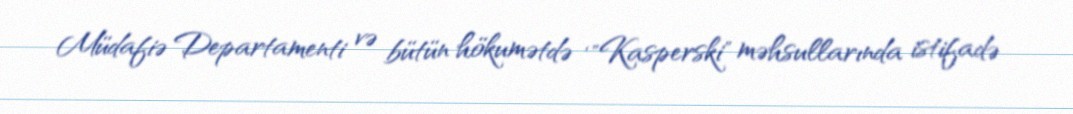
Müdafiə Departamenti və bütün hökumətdə ‘"Kasperski" məhsullarında istifadə